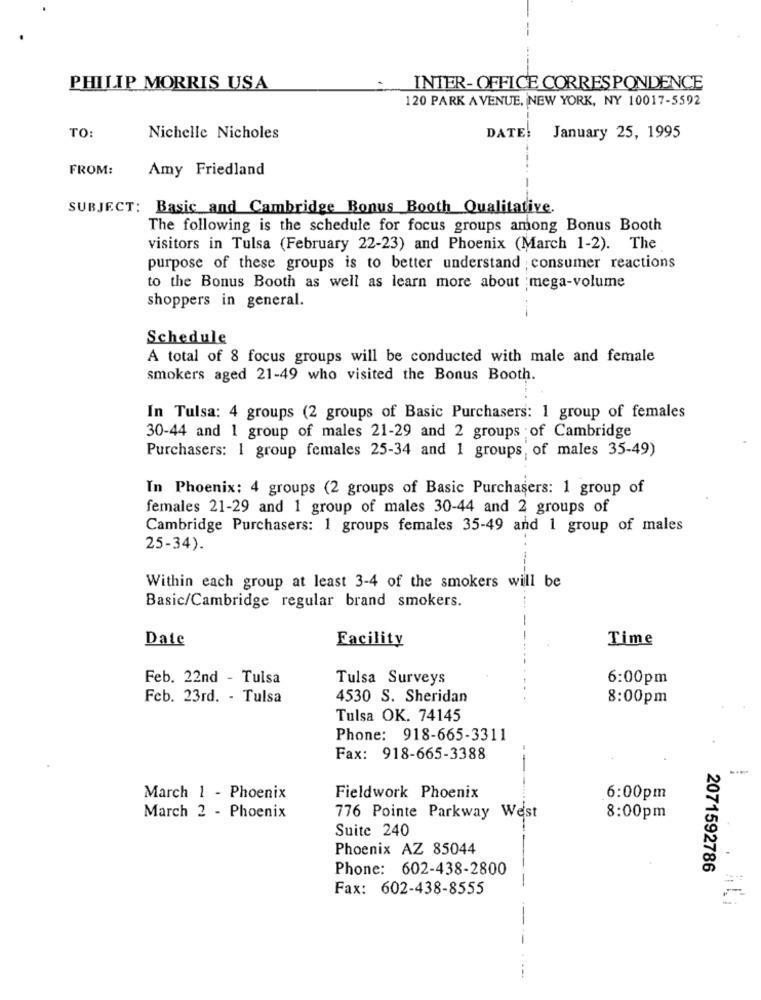
PHILIP MORRIS USA
INTER- OFFICE CORRESPONDENCE
120 PARK AVENUE, NEW YORK, NY 10017-5592
TO:
Nichelle Nicholes
DATE:
January 25, 1995
-
FROM:
Amy Friedland
SUBJECT: Basic and Cambridge Bonus Booth Qualitative.
The following is the schedule for focus groups among Bonus Booth
visitors in Tulsa (February 22-23) and Phoenix (March 1-2). The
purpose of these groups is to better understand ; consumer reactions
to the Bonus Booth as well as learn more about mega-volume
shoppers in general.
Schedule
A total of 8 focus groups will be conducted with male and female
smokers aged 21-49 who visited the Bonus Booth.
In Tulsa: 4 groups (2 groups of Basic Purchasers: 1 group of females
30-44 and 1 group of males 21-29 and 2 groups of Cambridge
Purchasers: 1 group females 25-34 and 1 groups of males 35-49)
In Phoenix: 4 groups (2 groups of Basic Purchasers: 1 group of
females 21-29 and 1 group of males 30-44 and 2 groups of
Cambridge Purchasers: 1 groups females 35-49 and 1 group of males
25-34).
Within each group at least 3-4 of the smokers will be
Basic/Cambridge regular brand smokers.
-
Date
Facility
Time
Feb. 22nd - Tulsa
Tulsa Surveys
6:00pm
Feb. 23rd. - Tulsa
4530 S. Sheridan
8:00pm
Tulsa OK. 74145
Phone: 918-665-3311
Fax: 918-665-3388
March 1 - Phoenix
Fieldwork Phoenix
6:00pm
March 2 - Phoenix
776 Pointe Parkway West
8:00pm
Suite 240
Phoenix AZ 85044
Phone: 602-438-2800
2071592786
-
Fax: 602-438-8555
--.